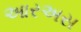
આરઅસ